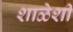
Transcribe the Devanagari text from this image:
शाळेशी